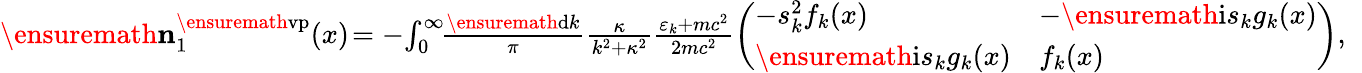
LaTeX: \begin{array}{r}{\ensuremath{\mathbf{n}}_{1}^{\ensuremath{\mathrm{vp}}}(x)\! =-\! \int_{0}^{\infty}\! \! \frac{\ensuremath{\mathrm{d}}k}{\pi}\frac{\kappa}{k^{2}+\kappa^{2}}\frac{\varepsilon_{k}+mc^{2}}{2mc^{2}}\left(\begin{array}{ll}{-s_{k}^{2}f_{k}(x)}&{-\ensuremath{\mathrm{i}}s_{k}g_{k}(x)}\\ {\ensuremath{\mathrm{i}}s_{k}g_{k}(x)}&{f_{k}(x)}\end{array}\right),\; \; }\end{array}